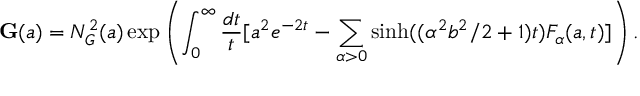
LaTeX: \mathbf { G } ( a ) = N _ { G } ^ { 2 } ( a ) \exp \left( \int _ { 0 } ^ { \infty } \frac { d t } { t } [ a ^ { 2 } e ^ { - 2 t } - \sum _ { \alpha > 0 } \sinh ( ( \alpha ^ { 2 } b ^ { 2 } / 2 + 1 ) t ) F _ { \alpha } ( a , t ) ] \right) .